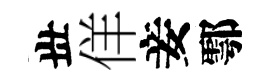
丗佯妾鄠